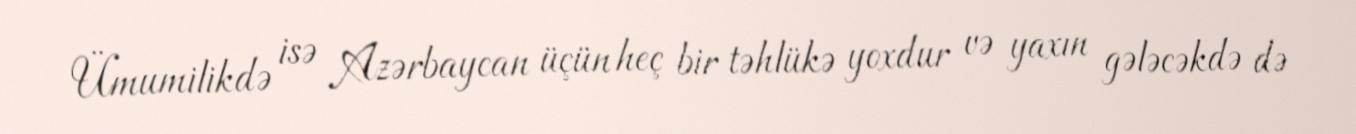
Ümumilikdə isə Azərbaycan üçün heç bir təhlükə yoxdur və yaxın gələcəkdə də